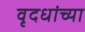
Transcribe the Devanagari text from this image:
वृदधांच्या